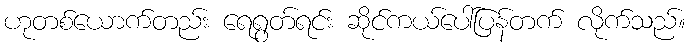
ဟုတစ်ယောက်တည်း ရေရွတ်ရင်း ဆိုင်ကယ်ပေါ်ပြန်တက် လိုက်သည်။